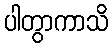
ပါတွာကာသိ